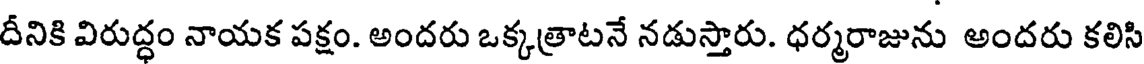
దీనికి విరుద్ధం నాయక పక్షం. అందరు ఒక్కత్రాటనే నడుస్తారు. ధర్మరాజును అందరు కలిసి